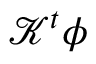
\mathcal { K } ^ { t } \phi